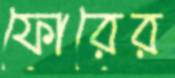
ফোরের